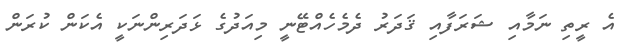
އެ ރީތި ނަމާއި ޝަރަފާއި ޤަދަރު ދެމެހެއްޓޭނީ މިއަދުގެ ޅަދަރިންނަކީ އެކަން ކުރަން